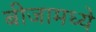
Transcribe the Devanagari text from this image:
बीजामध्ये